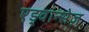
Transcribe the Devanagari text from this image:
एड्वान्सेज़